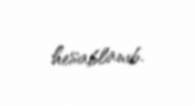
hesablanıb.